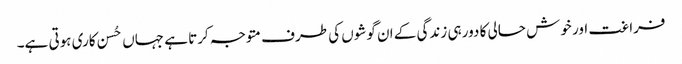
فراغت اور خوش حالی کا دور ہی زندگی کے ان گوشوں کی طرف متوجہ کرتا ہے جہاں حُسن کاری ہوتی ہے۔